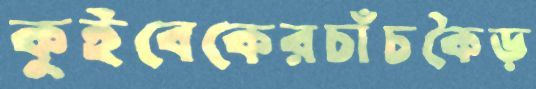
কুইবেকেরচাঁচকৈড়